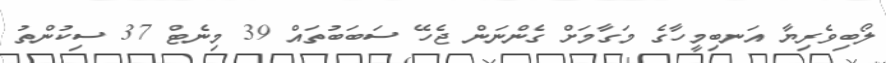
ލޯބިވެރިޔާ އަނބިމީހާގެ މަގާމަށް ގެންނަން ޖެހޭ ސަބަބުތައް 39 މިނެޓް 37 ސިކުންތު